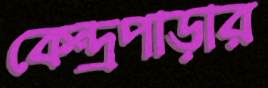
কেন্দ্রপাড়ার